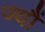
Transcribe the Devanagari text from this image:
ज्‍यौं